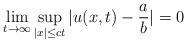
LaTeX: \begin{align*}\lim_{t\rightarrow\infty}\sup_{|x|\leq ct}|u(x,t)-\frac{a}{b}|=0\end{align*}